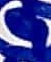
Text: 4